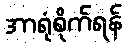
အာရုံစိုက်ရန်